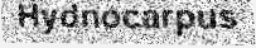
Hydnocarpus